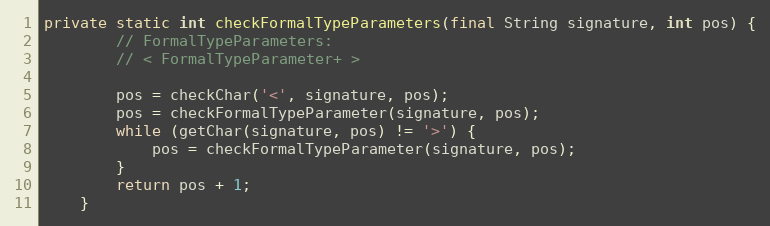
Language: Java
private static int checkFormalTypeParameters(final String signature, int pos) {
        // FormalTypeParameters:
        // < FormalTypeParameter+ >

        pos = checkChar('<', signature, pos);
        pos = checkFormalTypeParameter(signature, pos);
        while (getChar(signature, pos) != '>') {
            pos = checkFormalTypeParameter(signature, pos);
        }
        return pos + 1;
    }